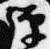
弾